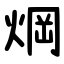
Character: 焵